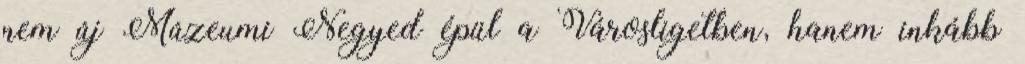
nem új Múzeumi Negyed épül a Városligetben, hanem inkább